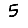
Digit: 5